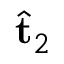
\hat { \mathbf { t } } _ { 2 }